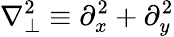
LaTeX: \nabla_{\perp}^{2}\equiv\partial_{x}^{2}+\partial_{y}^{2}